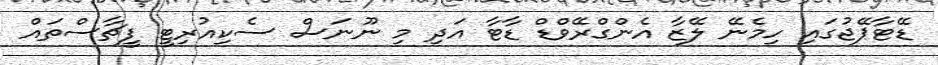
ޑޭޓާޕޭޖުގައި ހިމެނޭ ލޭޒާ އެންގްރޭވްޑް ޑާޓާ އަދި މި ނޫނަސް ސެކިއުރިޓީ ފީޗާސްތައް